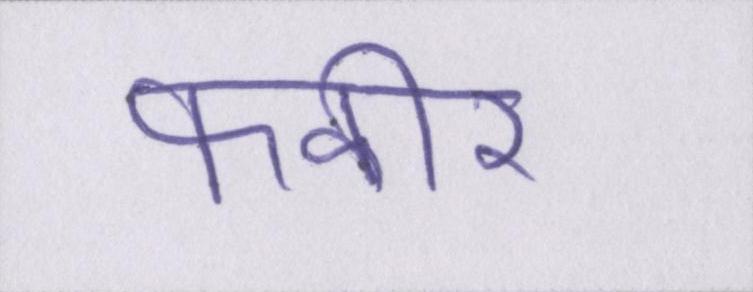
फकीर